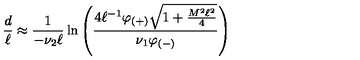
{ \frac { d } { \ell } } \approx { \frac { 1 } { - \nu _ { 2 } \ell } } \ln \left( { \frac { 4 \ell ^ { - 1 } \varphi _ { ( + ) } \sqrt { 1 + { \frac { M ^ { 2 } \ell ^ { 2 } } { 4 } } } } { \nu _ { 1 } \varphi _ { ( - ) } } } \right)